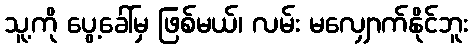
သူ့ကို ပွေ့ခေါ်မှ ဖြစ်မယ်၊ လမ်း မလျှောက်နိုင်ဘူး